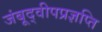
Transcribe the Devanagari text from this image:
जंबूद्वीपप्रज्ञप्ति